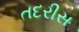
તદરીસ